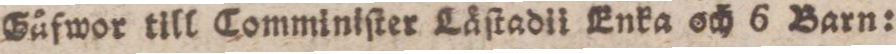
Gåfwor till Comminiſter Läſtadii Enka och 6 Barn: